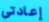
إعادتي